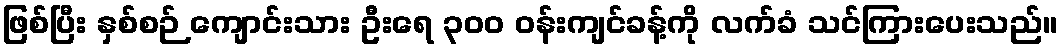
ဖြစ်ပြီး နှစ်စဉ် ကျောင်းသား ဦးရေ ၃၀၀ ဝန်းကျင်ခန့်ကို လက်ခံ သင်ကြားပေးသည်။